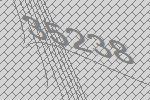
35238